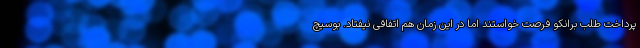
پرداخت طلب برانکو فرصت خواستند اما در این زمان هم اتفاقی نیفتاد. بوسیچ